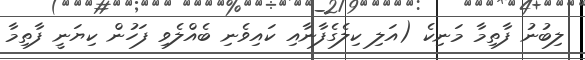
ލިބުނު ފާތިމާ މަނިކެ (އަލި ކިލެގެފާނާއި ކައިވެނި ބެއްލެވި ފަހުން ކިޔަނީ ފާތިމާ